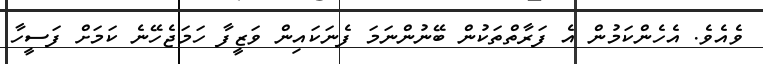
ވެއެވެ. އެހެންކަމުން އެ ފަރާތްތަކުން ބޭނުންނަމަ ފެނަކައިން ވަޒީފާ ހަަމަޖެހޭނެ ކަމަށް ފަސީހާ